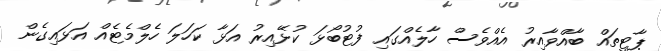
ޕާޓީތަައް ބާއްވާއިރު އެއްވެސް ހާލެއްގައި ފުޓުބޯޅަ ކުޅޭއިރު އަޅާ ކަހަލަ ހެލްމެޓެއް އަޅައިގެން